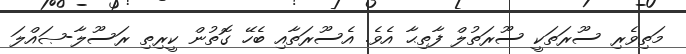
މަތިވެރި ސޫރަތަކީ ސޫރަތުލް ފާތިޙާ އެވެ. އެސޫރަތާއި ބެހޭ ގޮތުން ކީރިތި ރަސޫލާ-ޞައްލަ